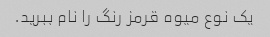
یک نوع میوه قرمز رنگ را نام ببرید.